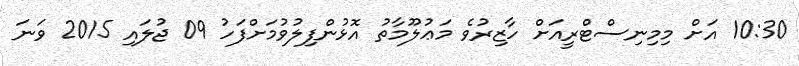
10:30 އަށް މިމިނިސްޓްރީއަށް ހާޒިރުވެ މަޢުލޫމާތު އޮޅުންފިލުވުމަށްފަހު 09 ޖުލައި 2015 ވަނަ